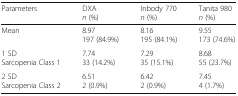
<table><thead><tr><td><b>Parameters</b></td><td><b>DXA<i>n</i> (%)</b></td><td><b>Inbody 770<i>n</i> (%)</b></td><td><b>Tanita 980<i>n</i> (%)</b></td></tr></thead><tbody><tr><td>Mean</td><td>8.97197 (84.9%)</td><td>8.16195 (84.1%)</td><td>9.55173 (74.6%)</td></tr><tr><td>1 SDSarcopenia Class 1</td><td>7.7433 (14.2%)</td><td>7.2935 (15.1%)</td><td>8.6855 (23.7%)</td></tr><tr><td>2 SDSarcopenia Class 2</td><td>6.512 (0.9%)</td><td>6.422 (0.9%)</td><td>7.454 (1.7%)</td></tr></tbody></table>